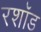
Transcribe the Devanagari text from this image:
रशॉड